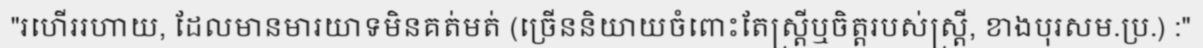
"រហើររហាយ, ដែលមានមារយាទមិនគត់មត់ (ច្រើននិយាយចំពោះតែស្ត្រីឬចិត្តរបស់ស្ត្រី, ខាងបុរសម.ប្រ.) :"